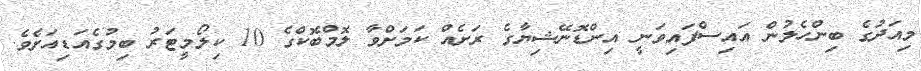
މިއަދުގެ ބިންހެލުން އައިސްފައިވަނީ އިންޑޮނޭޝިޔާގެ ރަށެއް ކަމަށްވާ ލޮމްބޮކްގެ 10 ކިލޯމީޓަރު ބިމުގެއަޑިއަށެވެ.